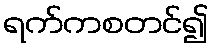
ရက်ကစတင်၍